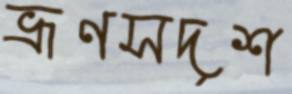
ভ্রূণসদৃশ